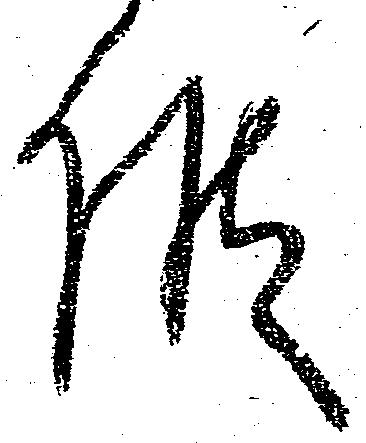
候